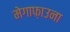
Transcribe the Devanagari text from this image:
मेगाफ़ाउना